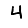
Digit: 4